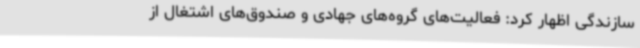
سازندگی اظهار کرد: فعالیت‌های گروه‌های جهادی و صندوق‌های اشتغال از